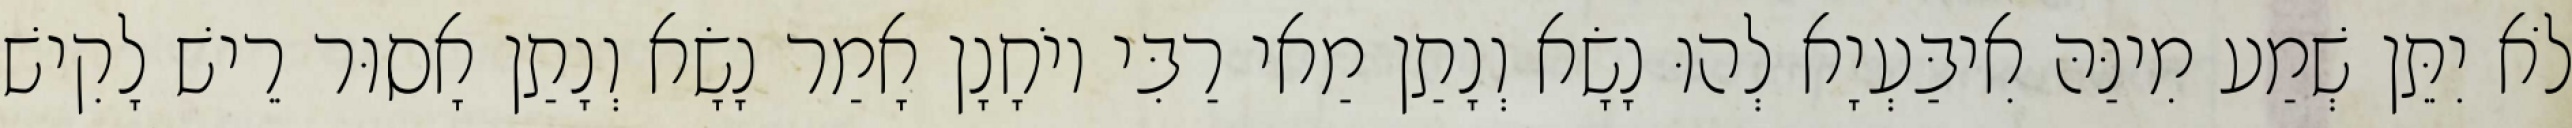
לֹא יִתֵּן שְׁמַע מִינַּהּ אִיבַּעְיָא לְהוּ נָשָׂא וְנָתַן מַאי רַבִּי יוֹחָנָן אָמַר נָשָׂא וְנָתַן אָסוּר רֵישׁ לָקִישׁ